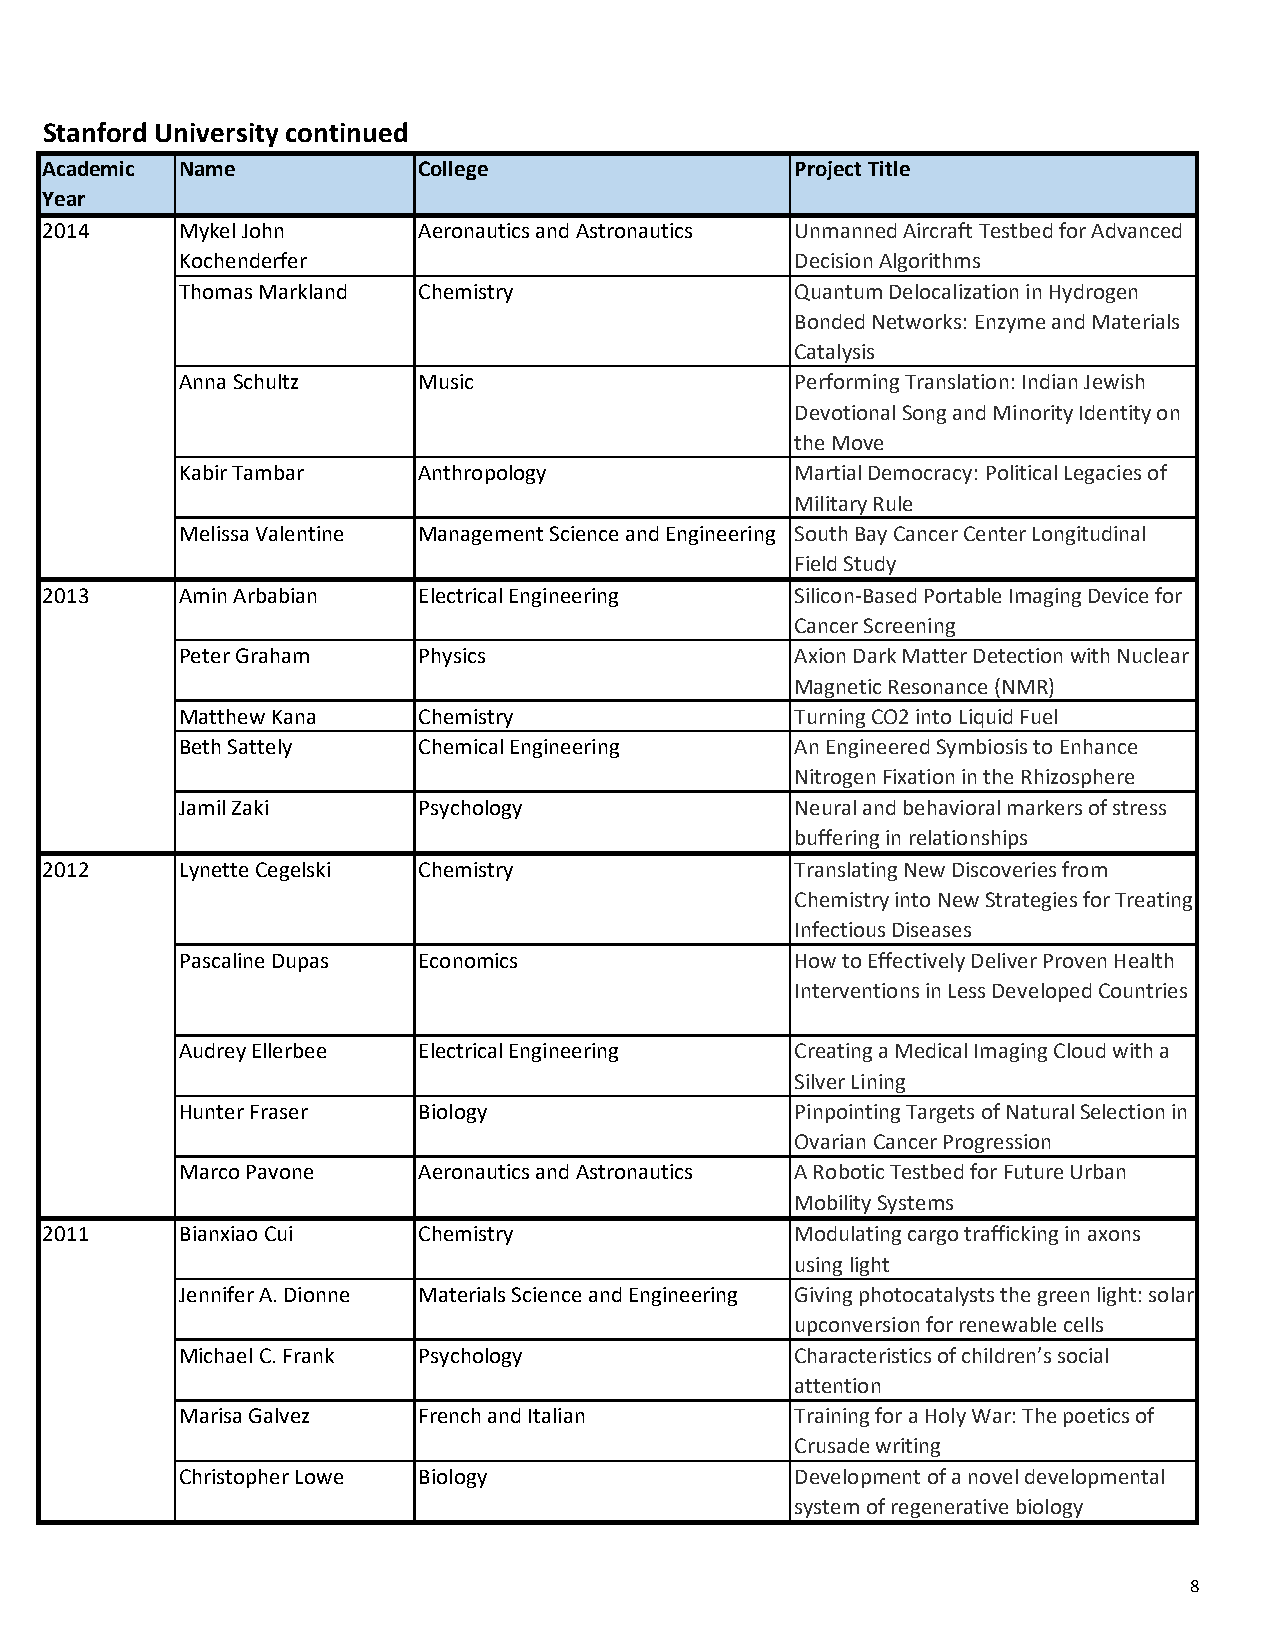
Stanford University continued
 Academic Name            College                  Project Title
 Year
 2014     Mykel John      Aeronautics and Astronautics Unmanned Aircraft Testbed for Advanced
 Kochenderfer                             Decision Algorithms
 Thomas Markland Chemistry                Quantum Delocalization in Hydrogen
 Bonded Networks: Enzyme and Materials
 Catalysis
 Anna Schultz    Music                    Performing Translation: Indian Jewish
 Devotional Song and Minority Identity on
 the Move
 Kabir Tambar    Anthropology             Martial Democracy: Political Legacies of
 Military Rule
 Melissa Valentine Management Science and Engineering South Bay Cancer Center Longitudinal
 Field Study
 2013     Amin Arbabian   Electrical Engineering   Silicon-Based Portable Imaging Device for
 Cancer Screening
 Peter Graham    Physics                  Axion Dark Matter Detection with Nuclear
 Magnetic Resonance (NMR)
 Matthew Kana    Chemistry                Turning CO2 into Liquid Fuel
 Beth Sattely    Chemical Engineering     An Engineered Symbiosis to Enhance
 Nitrogen Fixation in the Rhizosphere
 Jamil Zaki      Psychology               Neural and behavioral markers of stress
 buffering in relationships
 2012     Lynette Cegelski Chemistry               Translating New Discoveries from
 Chemistry into New Strategies for Treating
 Infectious Diseases
 Pascaline Dupas Economics                How to Effectively Deliver Proven Health
 Interventions in Less Developed Countries
 Audrey Ellerbee Electrical Engineering   Creating a Medical Imaging Cloud with a
 Silver Lining
 Hunter Fraser   Biology                  Pinpointing Targets of Natural Selection in
 Ovarian Cancer Progression
 Marco Pavone    Aeronautics and Astronautics A Robotic Testbed for Future Urban
 Mobility Systems
 2011     Bianxiao Cui    Chemistry                Modulating cargo trafficking in axons
 using light
 Jennifer A. Dionne Materials Science and Engineering Giving photocatalysts the green light: solar
 upconversion for renewable cells
 Michael C. Frank Psychology              Characteristics of children’s social
 attention
 Marisa Galvez   French and Italian       Training for a Holy War: The poetics of
 Crusade writing
 Christopher Lowe Biology                 Development of a novel developmental
 system of regenerative biology
 8